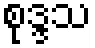
စုဒ္ဒသ